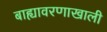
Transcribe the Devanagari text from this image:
बाह्यावरणाखाली